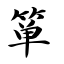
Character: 箪